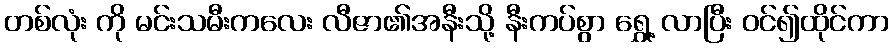
တစ်လုံး ကို မင်းသမီးကလေး လီဇာ၏အနီးသို့ နီးကပ်စွာ ရွှေ့ လာပြီး ဝင်၍ထိုင်ကာ